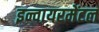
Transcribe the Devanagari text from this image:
इन्वायरमेंटल